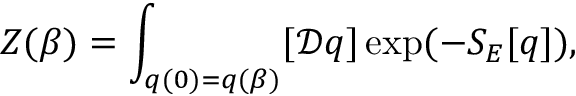
Z ( \beta ) = \int _ { q ( 0 ) = q ( \beta ) } [ { \mathcal D } q ] \exp ( - S _ { E } [ q ] ) ,